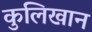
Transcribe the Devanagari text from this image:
कुलिखान